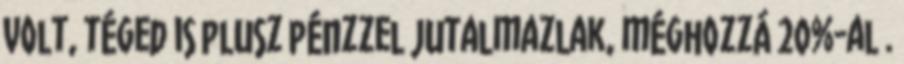
volt, téged is plusz pénzzel jutalmazlak, méghozzá 20%-al .